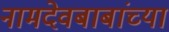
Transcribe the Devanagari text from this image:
नामदेवबाबांच्या